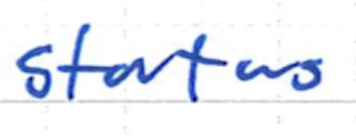
Text: status
Cross-out: clean
Writing tool: ballpoint